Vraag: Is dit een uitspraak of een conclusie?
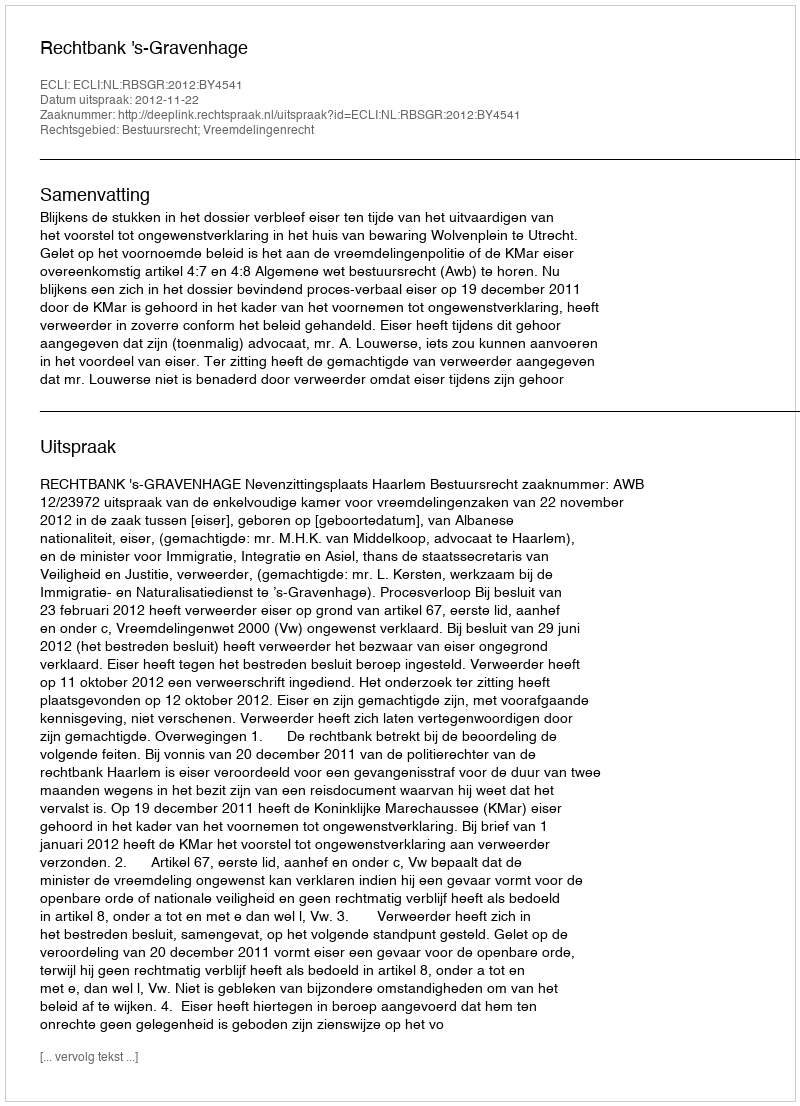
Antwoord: Uitspraak